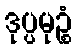
ဒုပ္ပမုဉ္စံ